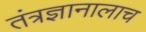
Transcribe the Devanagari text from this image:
तंत्रज्ञानालाच